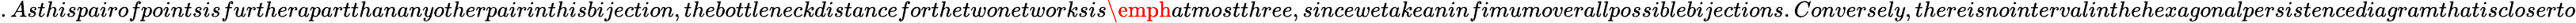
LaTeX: .Asthispairofpointsisfurtherapartthananyotherpairinthisbijection,thebottleneckdistanceforthetwonetworksis\emph{atmostthree},sincewetakeaninfimumoverallpossiblebijections.Conversely,thereisnointervalinthehexagonalpersistencediagramthatiscloserto